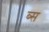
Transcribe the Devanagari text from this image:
ब्स